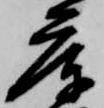
庫